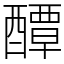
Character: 醰